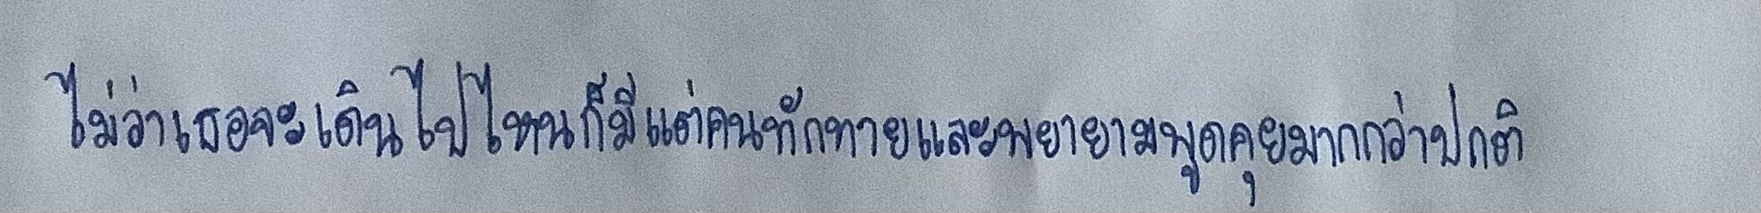
ไม่ว่าเธอจะเดินไปไหนก็มีแต่คนทักทายและพยายามพูดคุยมากกว่าปกติ